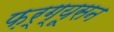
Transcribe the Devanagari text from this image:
फ़र्ग्यूसन